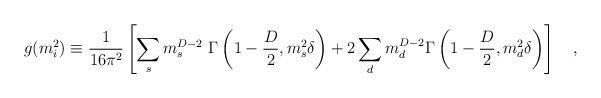
LaTeX: \begin{align*}g(m^2_i)\equiv{1 \over 16\pi^2}\left[\sum_s m_s^{D-2}{}~\Gamma\left(1-\frac D2,m_s^2\delta\right)+2\sum_d m_d^{D-2}\Gamma\left(1-\frac D2,m_d^2\delta\right)\right]~~~,\end{align*}